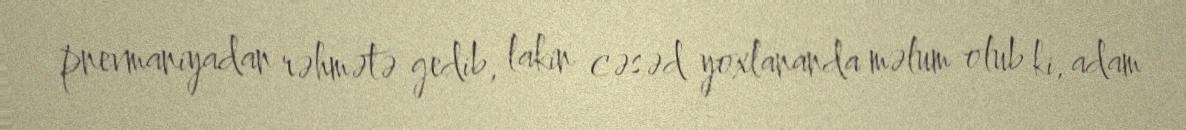
pnevmaniyadan rəhmətə gedib, lakin cəsəd yoxlananda məlum olub ki, adam